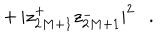
+ \, | z _ { 2 M + 1 } ^ { + } z _ { 2 M + 1 } ^ { - } | ^ { 2 } \ \ \ .